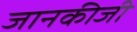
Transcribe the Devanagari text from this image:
जानकीजी